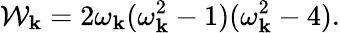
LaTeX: \mathcal{W}_{\mathbf{k}}=2\omega_{\mathbf{k}}(\omega_{\mathbf{k}}^{2}-1)(\omega_{\mathbf{k}}^{2}-4).